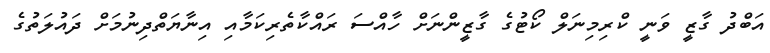
އަބްދު ގާޒީ ވަނީ ކްރިމިނަލް ކޯޓުގެ ގާޒީންނަށް ހާއްސަ ރައްކާތެރިކަމާއި އިނާޔަތްދިނުމަށް ދައުލަތުގެ